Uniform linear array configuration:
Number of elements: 4
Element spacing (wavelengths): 1
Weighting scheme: hamming
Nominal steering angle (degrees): -45
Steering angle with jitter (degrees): -45.549
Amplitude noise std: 0.05
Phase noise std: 0.05

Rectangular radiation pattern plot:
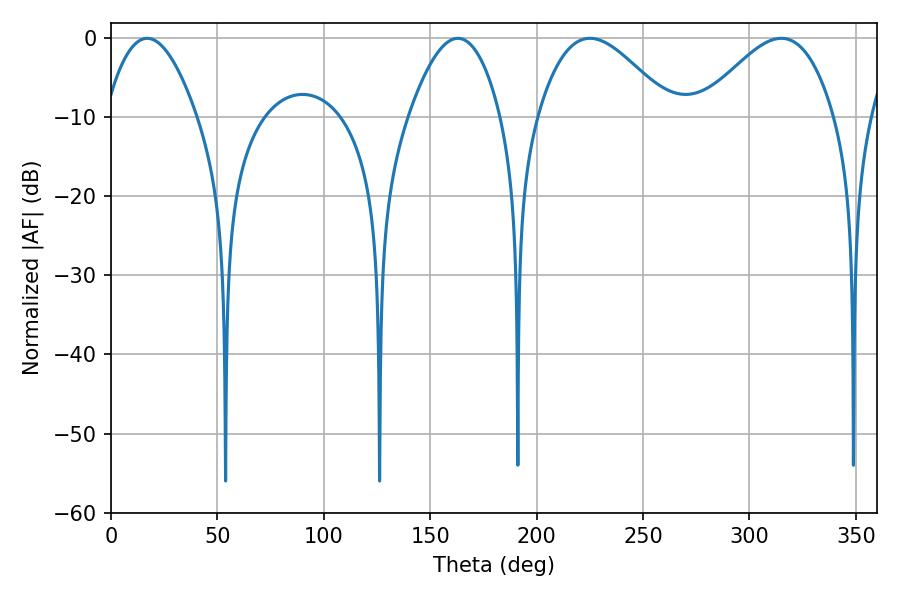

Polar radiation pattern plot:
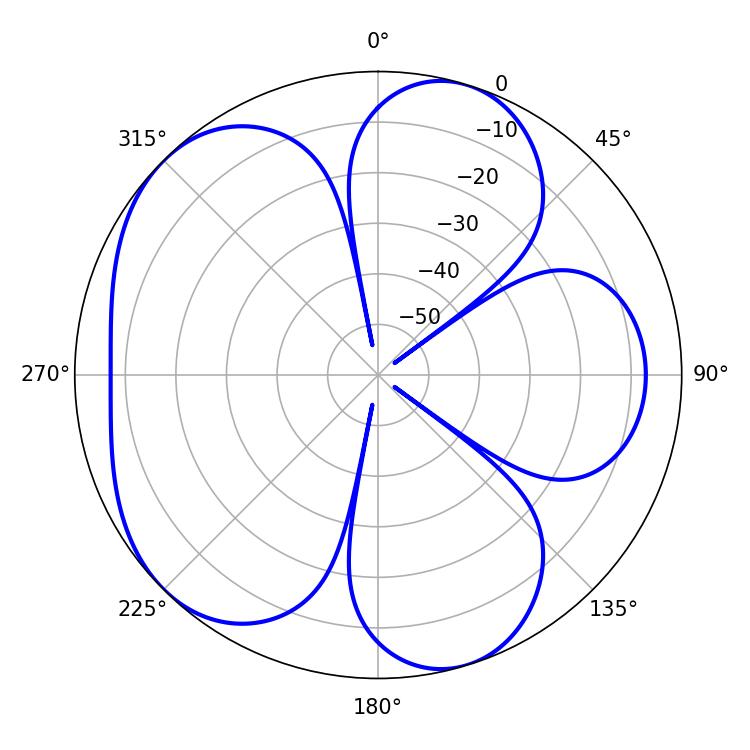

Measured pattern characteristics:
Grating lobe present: TRUE
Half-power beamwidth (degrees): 33.84
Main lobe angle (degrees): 225